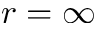
r = \infty